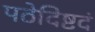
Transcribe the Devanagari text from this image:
पठेदिष्टदं